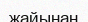
жайынан